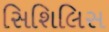
સિશિલિસ